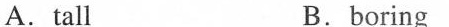
A.tall B.boring